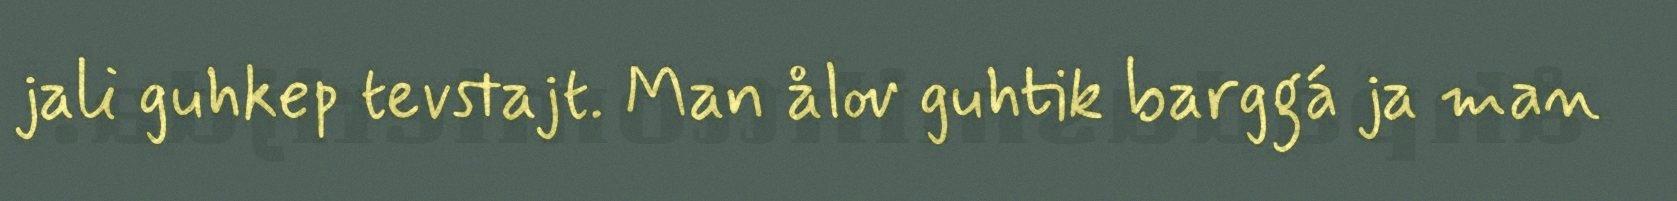
jali guhkep tevstajt. Man ålov guhtik barggá ja man